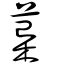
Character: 葈